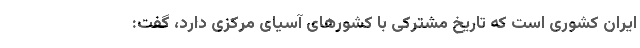
ایران کشوری است که تاریخ مشترکی با کشورهای آسیای مرکزی دارد، گفت: